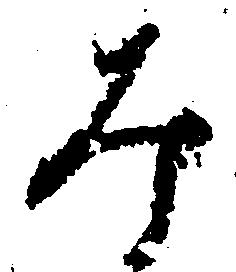
み